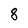
Character: 8